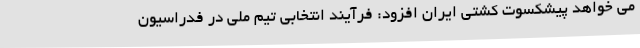
می خواهد پیشکسوت کشتی ایران افزود: فرآیند انتخابی تیم ملی در فدراسیون